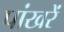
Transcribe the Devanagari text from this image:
पांखरें